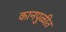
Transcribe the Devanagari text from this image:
कानपुळीत